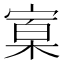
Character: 𰍒